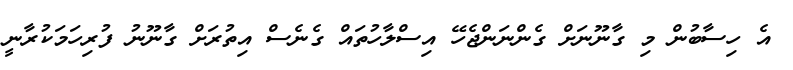
އެ ހިސާބުން މި ގާނޫނަށް ގެންނަންޖެހޭ އިސްލާހުތައް ގެނެސް އިތުރަށް ގާނޫނު ފުރިހަމަކުރާނީ